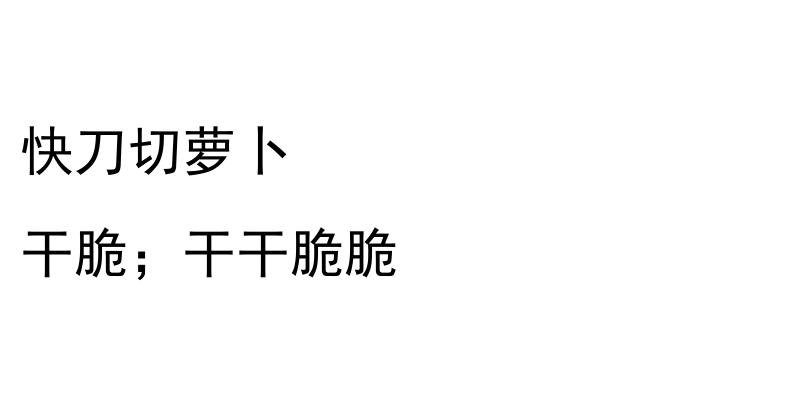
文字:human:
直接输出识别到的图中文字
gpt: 快刀切萝卜 干脆；干干脆脆